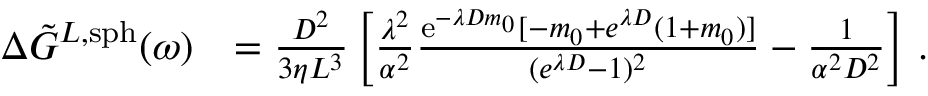
\begin{array} { r l } { \Delta \Tilde { G } ^ { L , \mathrm { s p h } } ( \omega ) } & { = \frac { D ^ { 2 } } { 3 \eta L ^ { 3 } } \left[ \frac { \lambda ^ { 2 } } { \alpha ^ { 2 } } \frac { \mathrm { e } ^ { - \lambda D m _ { 0 } } [ - m _ { 0 } + e ^ { \lambda D } ( 1 + m _ { 0 } ) ] } { ( { e } ^ { \lambda D } - 1 ) ^ { 2 } } - \frac { 1 } { \alpha ^ { 2 } D ^ { 2 } } \right] \, . } \end{array}